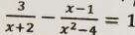
\frac { 3 } { x + 2 } - \frac { x - 1 } { x ^ { 2 } - 4 } = 1